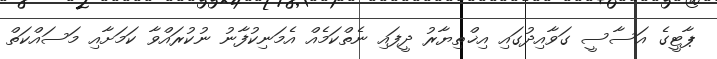
ޕާޓީގެ އަސާސީ ގަވާއިދުގައި އިޚްތިޔާރު ދީފައި ނެތްކަމެއް އެމަނިކުފާނު ނުކުރައްވާ ކަމަށާއި މަސައްކަތް